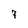
Character: 7